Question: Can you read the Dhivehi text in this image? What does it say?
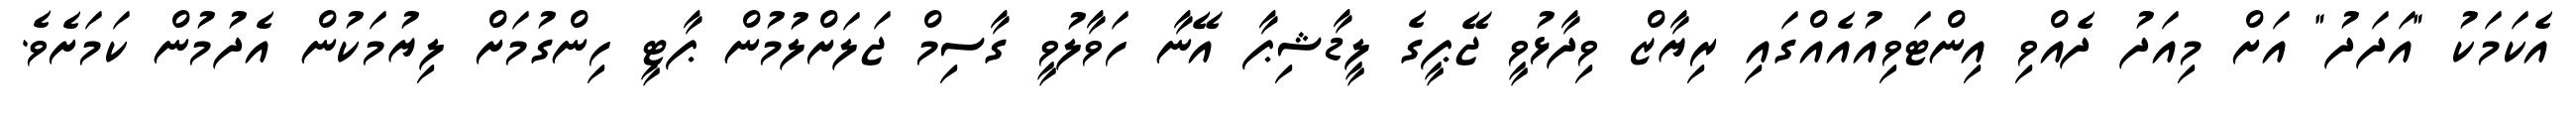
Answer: އެކަމަކު "އަދަދު" އަށް މިއަދު ދެއްވި އިންޓަވިއުއެއްގައި ރިޔާޒް ވިދާޅުވީ ޖޭޕީގެ ލީޑާޝިޕާ އޭނާ ހަވާލުވީ ގާސިމް ޖަލަށްލުމުން ޕާޓީ ހިންގުމަށް ލިޔުމަކުން އެދުމުން ކަމަށެވެ.